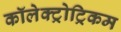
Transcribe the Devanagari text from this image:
कॉलेक्ट्रोट्रिकम